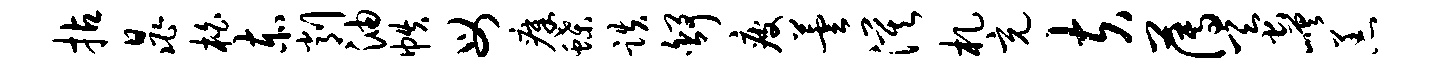
拈晁柏赤削油帙母瘴蝶跌舒疲芸漠札充夫薄蚕嵯恙